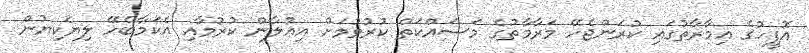
އޮފީހުގެ އިމާރާތުގައި ކުރަންޖެހޭ މަރާމާތުގެ މަސައްކަތް ކުރުވުމަށް އިޢުލާން ކުރުމާއި އެކަމާބެހޭ ލިޔެކިޔުން